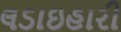
લડાઇહારી